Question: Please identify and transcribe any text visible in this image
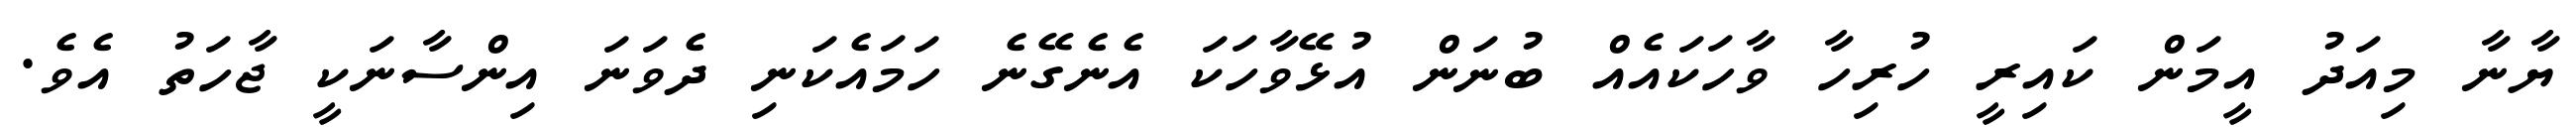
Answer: ޔާނާ މިއަދު އީމަން ކައިރީ ހުރިހާ ވާހަކައެއް ބުނަން އުޅޭވާހަކަ އެނެގޭނެ ހަމައެކަނި ދެވަނަ އިންސާނަކީ ޖާހަތު އެވެ.